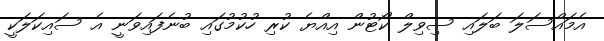
އެމައްސަލަ ބަލައި ސިވިލް ކޯޓުން އިއްޔެ ކުރި ހުކުމުގައި ބުނެފައިވަނީ އެ ސައިކަލަކީ